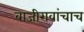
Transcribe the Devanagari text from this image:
बाजीरावांचाच